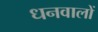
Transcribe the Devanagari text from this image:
धनवालों